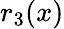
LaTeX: r_{3}(x)